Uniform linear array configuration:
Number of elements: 12
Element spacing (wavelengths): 0.75
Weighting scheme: cosine
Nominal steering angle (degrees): -60
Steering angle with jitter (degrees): -58.196
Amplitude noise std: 0.05
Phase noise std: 0.05

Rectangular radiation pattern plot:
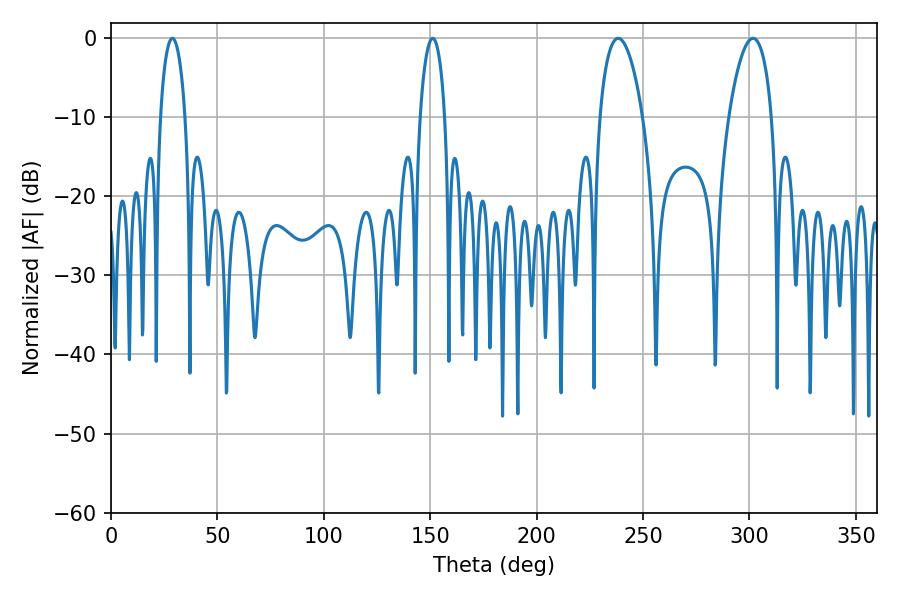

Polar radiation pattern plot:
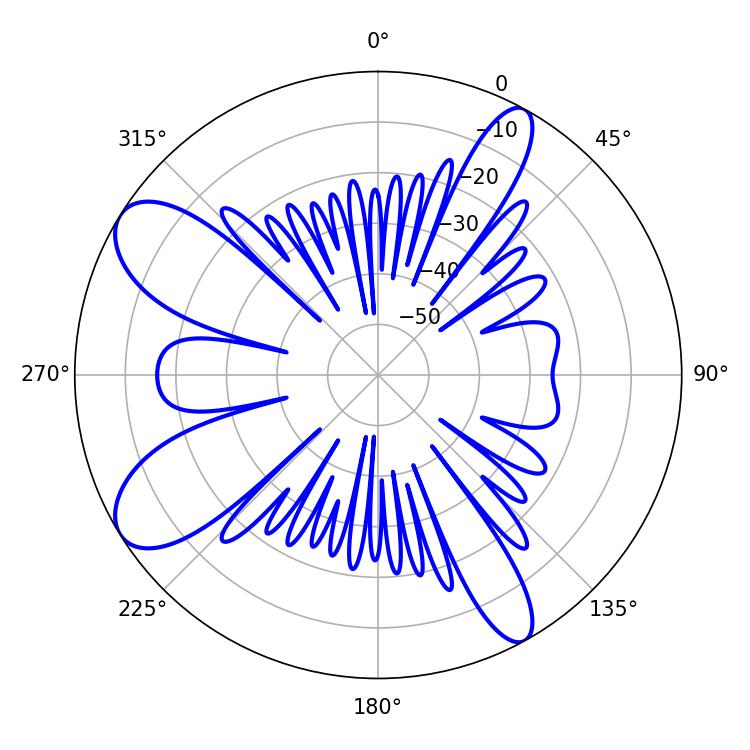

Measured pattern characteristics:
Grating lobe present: TRUE
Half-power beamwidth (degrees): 11.34
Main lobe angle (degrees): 238.32